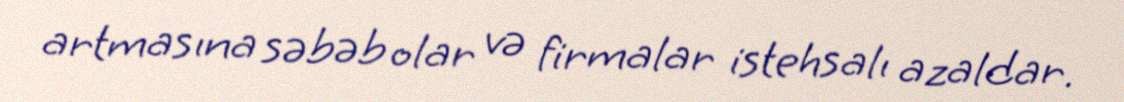
artmasına səbəb olar və firmalar istehsalı azaldar.